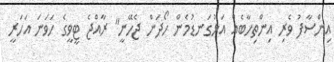
އިންސާފު ވެރި އިންތިހާބެއް އަޅުގަނޑުމެން ހޯދަން ޖެހޭނީ" ރާއްޖެ ޓީވީގެ ހަވަނަ އަހަރީ